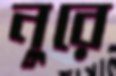
নুরে